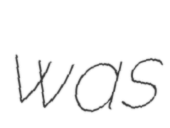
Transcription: was